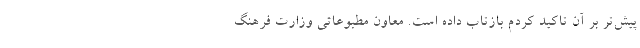
پیش‌تر بر آن تاکید کردم بازتاب داده است. معاون مطبوعاتی وزارت فرهنگ